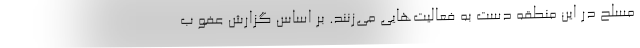
مسلح در این منطقه دست به فعالیت‌هایی می‌زنند. بر اساس گزارش عفو ب